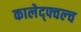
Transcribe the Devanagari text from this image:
कालेद्फ्वल्च